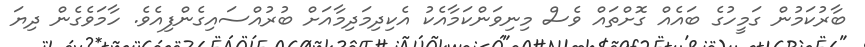
ބާރުކަމުން ގަމީހުގެ ބައެއް ގޮށްތައް ވެސް މިނިވަންކަމާއެކު އެކިދިމަދިމާއަށް ބުރުއްސައިގެންފިއެވެ. ހާމަވެގެން ދިޔަ